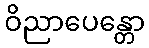
ဝိညာပေန္တော